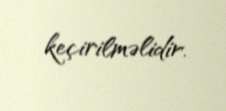
keçirilməlidir.